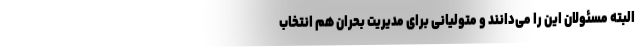
البته مسئولان این را می‌دانند و متولیانی برای مدیریت بحران هم انتخاب